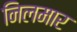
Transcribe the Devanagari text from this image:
निलमार